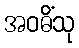
အဝဓိံသု